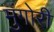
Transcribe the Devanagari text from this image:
मुंगोरीं